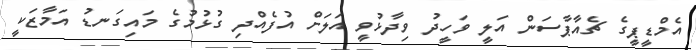
އެމްޑީޕީގެ ޗެއާޕާސަން އަލީ ވަހީދު ވިދާޅުވީ އަލަށް އުފެއްދި ގުޅުމުގެ މައިގަނޑު އަމާޒަކީ